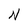
Character: N